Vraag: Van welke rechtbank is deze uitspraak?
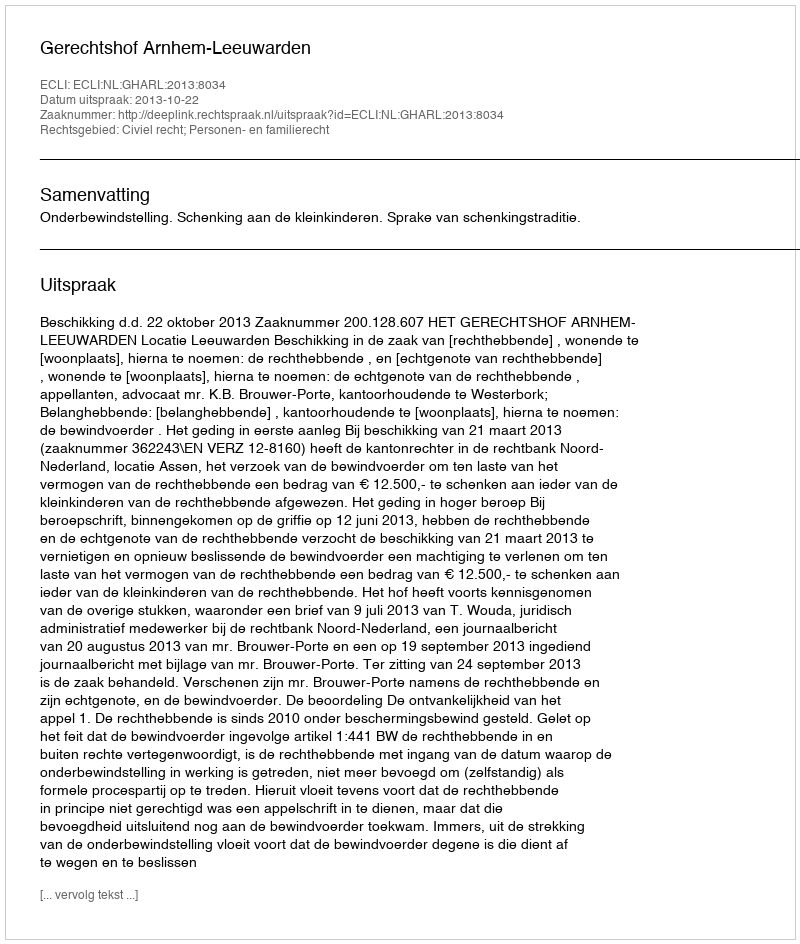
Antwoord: Gerechtshof Arnhem-Leeuwarden